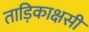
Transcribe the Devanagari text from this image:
ताड़िकाक्षसी